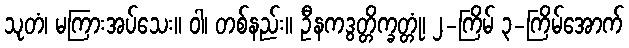
သုတံ၊ မကြားအပ်သေး။ ဝါ၊ တစ်နည်း။ ဦနကဒွတ္တိက္ခတ္တုံ၊ ၂-ကြိမ် ၃-ကြိမ်အောက်